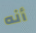
أنه